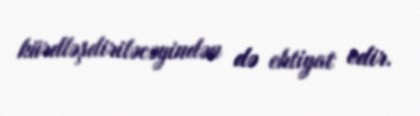
kürdləşdiriləcəyindən də ehtiyat edir.